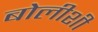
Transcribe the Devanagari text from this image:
बोलीशी